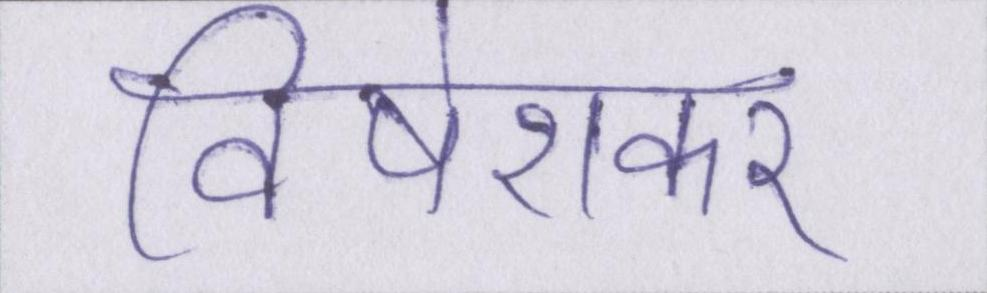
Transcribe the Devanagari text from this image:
विषेशकर